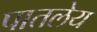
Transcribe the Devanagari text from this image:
पातलेय